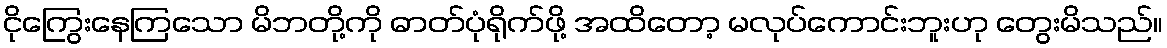
ငိုကြွေးနေကြသော မိဘတို့ကို ဓာတ်ပုံရိုက်ဖို့ အထိတော့ မလုပ်ကောင်းဘူးဟု တွေးမိသည်။